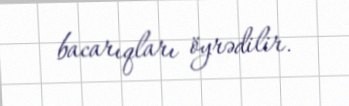
bacarıqları öyrədilir.